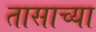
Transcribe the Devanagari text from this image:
तासाच्‍या